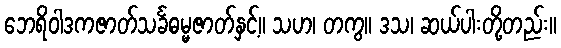
ဘေရိဝါဒကဇာတ်သင်္ခဓမ္မဇာတ်နှင့်။ သဟ၊ တကွ။ ဒသ၊ ဆယ်ပါးတို့တည်း။